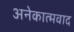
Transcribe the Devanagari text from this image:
अनेकात्मवाद